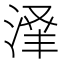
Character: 𬈃